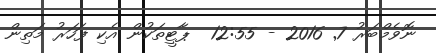
ނޮވެމްބަރު 7